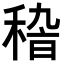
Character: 𥟵